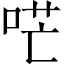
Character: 𠴏